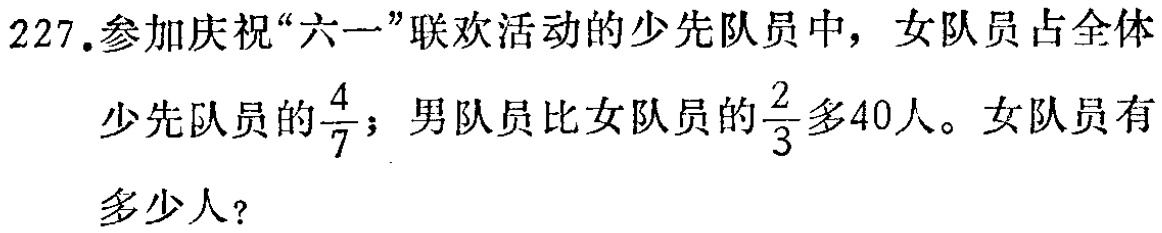
227.参加庆祝“六一”联欢活动的少先队员中，女队员占全体

少先队员的$\frac{4}{7}$；男队员比女队员的$\frac{2}{3}$多40人。女队员有

多少人？